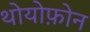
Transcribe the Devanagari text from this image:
थोयोफ़ोन